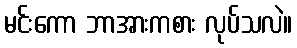
မင်းကော ဘာအားကစား လုပ်သလဲ။